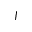
J